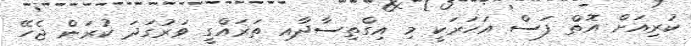
ކުރިއަށް އޮތް ފަސް އަހަރަކީ މި އިގްތިސާދާއި ތަރައްގީ ވަރުގަދަ ކުރަން ޖެހޭ